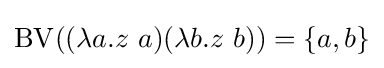
\operatorname {BV} ((\lambda a.z\ a)(\lambda b.z\ b))=\{a,b\}